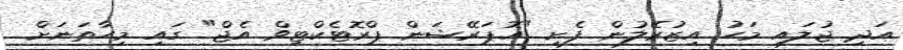
އަދި ޖުލައި މަހު އިޒުރޭލުން ފެށި "އޮޕަރޭޝަން ޕްރޮޓެކްޓިވް އެޖް" ގައި މިހާތަނަށް